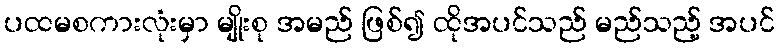
ပထမစကားလုံးမှာ မျိုးစု အမည် ဖြစ်၍ ထိုအပင်သည် မည်သည့် အပင်